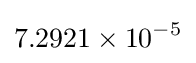
7.2921\times 10^{-5}